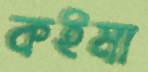
কইমা